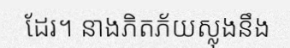
ដែរ។ នាងភិតភ័យស្លុងនឹង